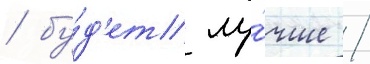
/ бу́д'ет лу́чше /